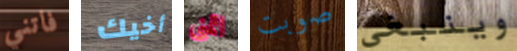
فاتني أخيك اتمني صوبت وينبغي